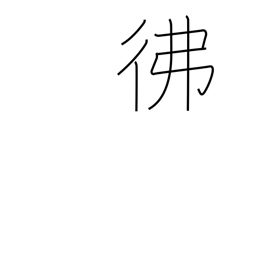
Meaning: dimly